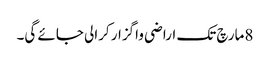
8مارچ تک اراضی واگزار کرالی جائے گی۔